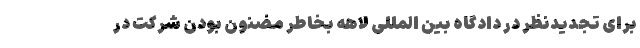
برای تجدیدنظر در دادگاه بین المللی لاهه بخاطر مضنون بودن شرکت در